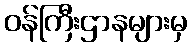
ဝန်ကြီးဌာနများမှ